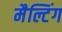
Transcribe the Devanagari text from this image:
मैल्टिंग